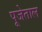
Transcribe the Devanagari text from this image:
पूजेताल